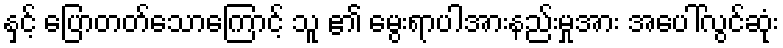
နှင့် ပြောတတ်သောကြောင့် သူ ၏ မွေးရာပါအားနည်းမှုအား အပေါ်လွင်ဆုံး